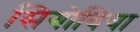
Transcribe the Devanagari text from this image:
सिगोविया